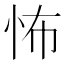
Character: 怖